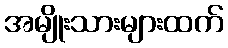
အမျိုးသားများထက်